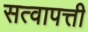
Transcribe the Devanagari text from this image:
सत्वापत्ती